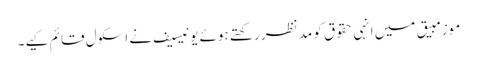
موزمبیق میں انہی حقوق کو مد نظر رکھتے ہوئے یونیسیف نے اسکول قائم کیے۔